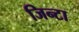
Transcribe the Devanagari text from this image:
जिन्टा